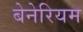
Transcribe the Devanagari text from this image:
बेनेरियम